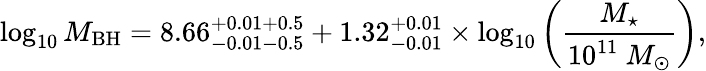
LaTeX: \log_{10}M_{\mathrm{BH}}=8.66_{-0.01-0.5}^{+0.01+0.5}+1.32_{-0.01}^{+0.01}\times\log_{10}\left(\frac{M_{\star}}{10^{11}\ M_{\odot}}\right),